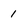
Character: 1